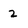
Character: 2